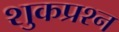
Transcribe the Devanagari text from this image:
शुकप्रश्न